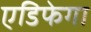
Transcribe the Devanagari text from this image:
एडिफेगा